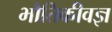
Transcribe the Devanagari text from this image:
भौतिकीवज्ञ